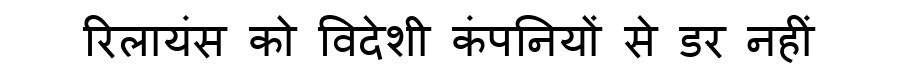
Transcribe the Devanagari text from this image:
रिलायंस को विदेशी कंपनियों से डर नहीं